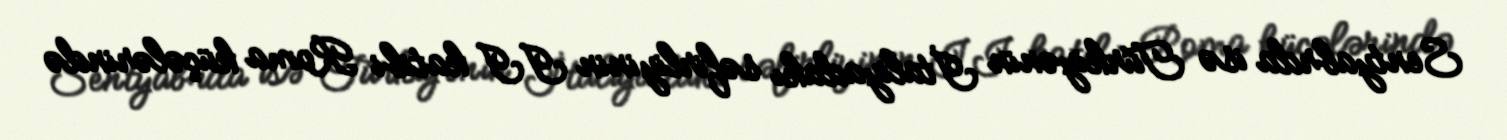
Sentyabrda isə Türkiyənin İtaliyadakı səfirliyinin II katibi Roma küçələrində